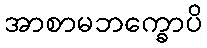
အာစာမဘက္ခောပိ